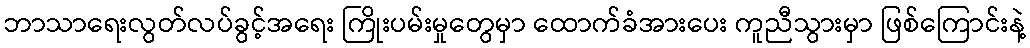
ဘာသာရေးလွတ်လပ်ခွင့်အရေး ကြိုးပမ်းမှုတွေမှာ ထောက်ခံအားပေး ကူညီသွားမှာ ဖြစ်ကြောင်းနဲ့